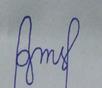
Signature authenticity: forged